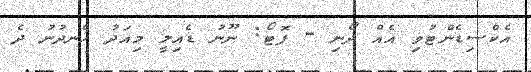
އެކްސިޑެންޓުވި އެއް ދޯނި - ފޮޓޯ: ނޫނު ޑެއިލީ މިއަދު ހެނދުނު ދެ